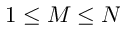
1 \le M \leq N